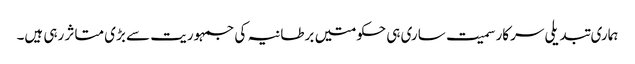
ہماری تبدیلی سرکار سمیت ساری ہی حکومتیں برطانیہ کی جمہوریت سے بڑی متاثر رہی ہیں۔